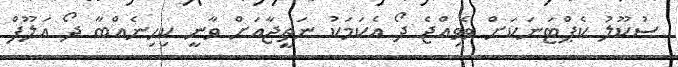
ސުކޫލު ކެޕްޓަނަކަށް ވެވިއްޖެ ދޯ އެކަމަކު ނަތީޖާއަށް ވާނީ ކިހިނެއްބާ ދޯ އަލޫފް